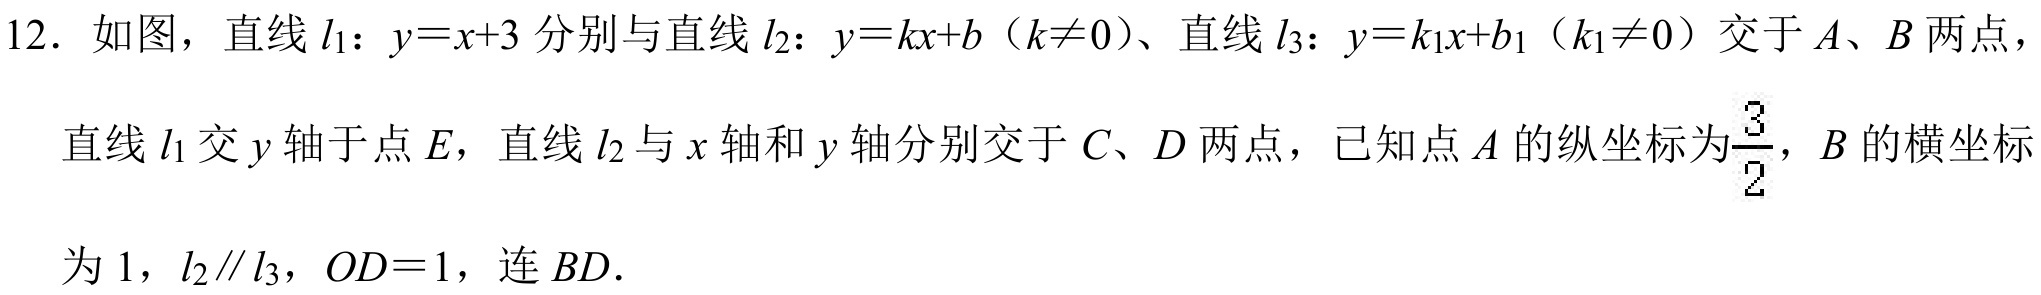
12. 如图，直线\(l_{1}:y = x + 3\)分别与直线\(l_{2}:y = kx + b\)（\(k\neq0\)）、直线\(l_{3}:y = k_{1}x + b_{1}\)（\(k_{1}\neq0\)）交于\(A\)、\(B\)两点，
直线\(l_{1}\)交\(y\)轴于点\(E\)，直线\(l_{2}\)与\(x\)轴和\(y\)轴分别交于\(C\)、\(D\)两点，已知点\(A\)的纵坐标为\(\frac{3}{2}\)，\(B\)的横坐标
为\(1\)，\(l_{2}\parallel l_{3}\)，\(OD = 1\)，连\(BD\).